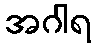
အဂါရ